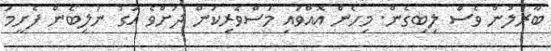
ބާރުލުން ވެސް ލިބިގެން. މިހެން އޮއްވައި މަސްވެރިކަން ދަށްވެ އަގު ނުލިބެން ފެށީމަ